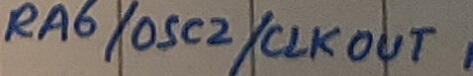
Text: RA6/OSC2/CLKOUT